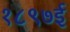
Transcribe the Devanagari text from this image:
१८९७ई